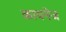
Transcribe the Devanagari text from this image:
कायनेज